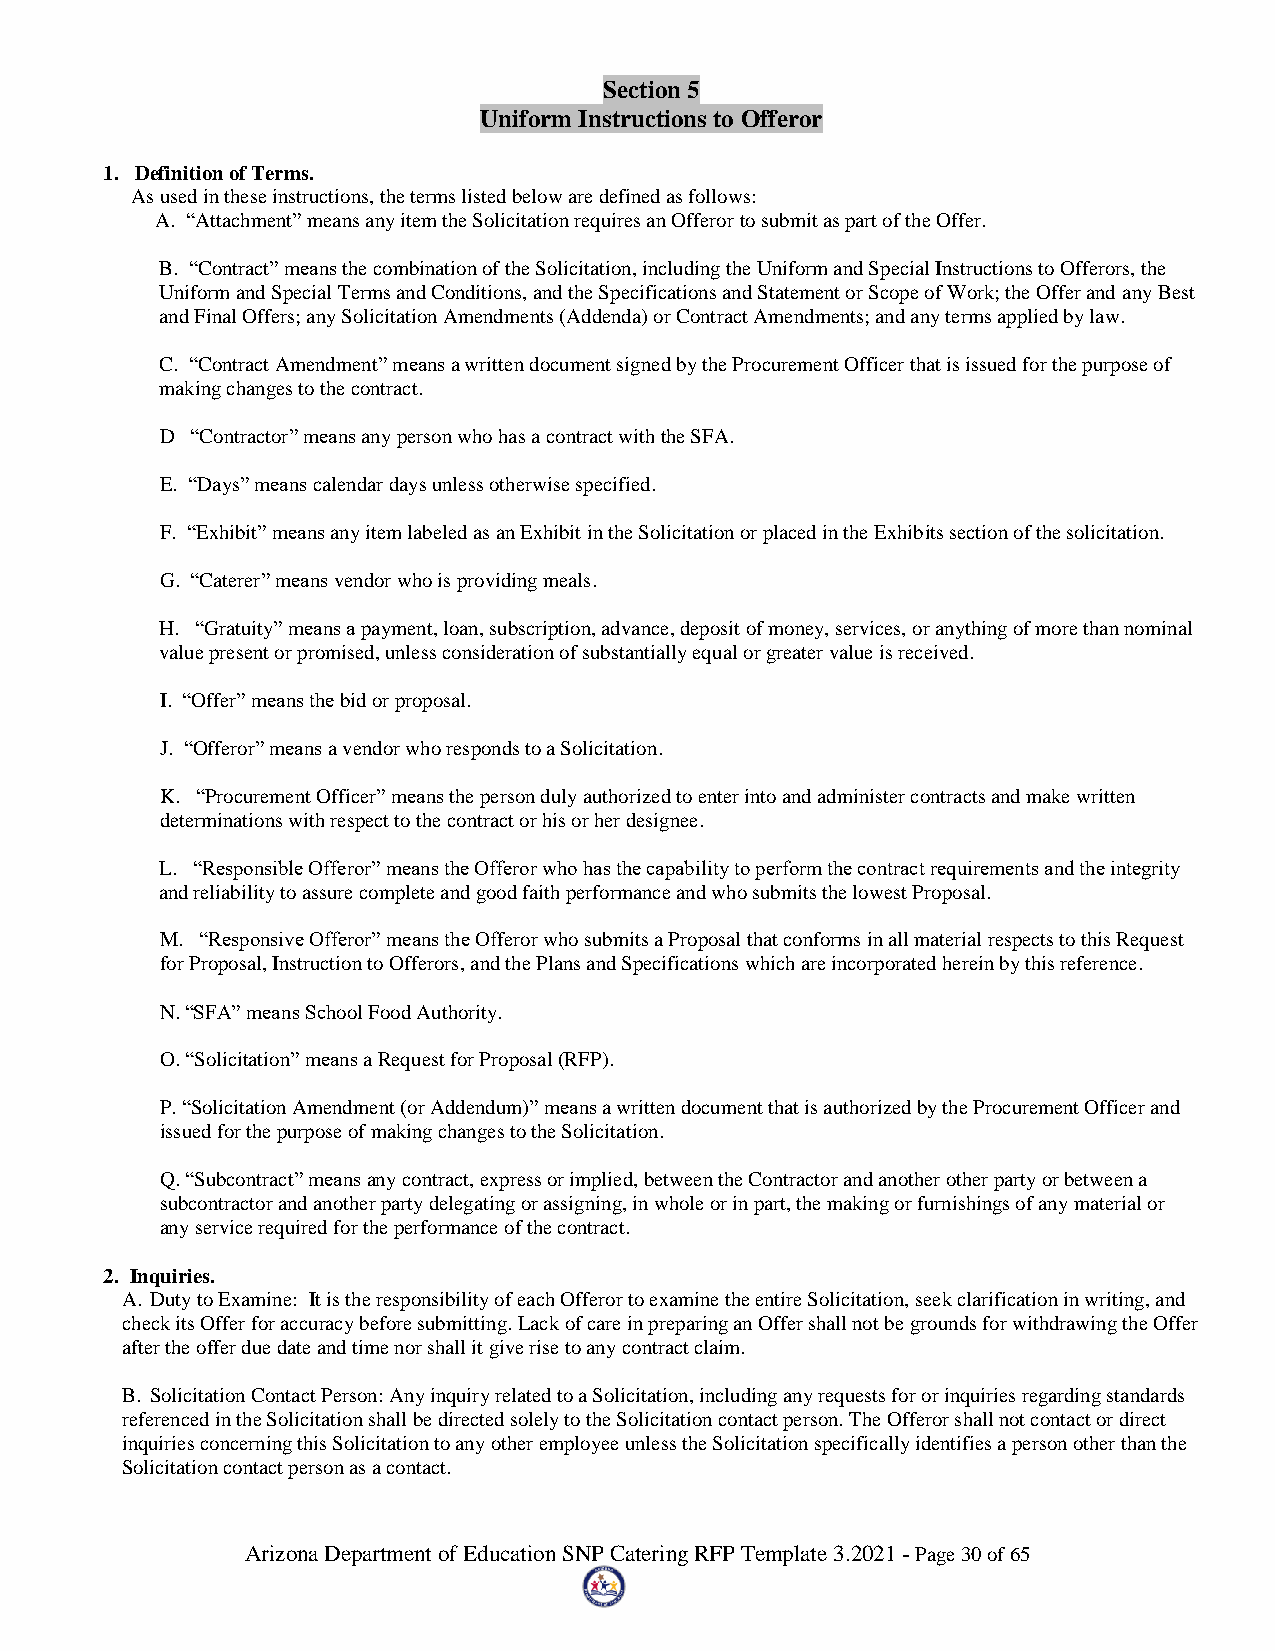
Section 5
 Uniform Instructions to Offeror
 1. Definition of Terms.
 As used in these instructions, the terms listed below are defined as follows:
 A. “Attachment” means any item the Solicitation requires an Offeror to submit as part of the Offer.
 B. “Contract” means the combination of the Solicitation, including the Uniform and Special Instructions to Offerors, the
 Uniform and Special Terms and Conditions, and the Specifications and Statement or Scope of Work; the Offer and any Best
 and Final Offers; any Solicitation Amendments (Addenda) or Contract Amendments; and any terms applied by law.
 C. “Contract Amendment” means a written document signed by the Procurement Officer that is issued for the purpose of
 making changes to the contract.
 D “Contractor” means any person who has a contract with the SFA.
 E. “Days” means calendar days unless otherwise specified.
 F. “Exhibit” means any item labeled as an Exhibit in the Solicitation or placed in the Exhibits section of the solicitation.
 G. “Caterer” means vendor who is providing meals.
 H. “Gratuity” means a payment, loan, subscription, advance, deposit of money, services, or anything of more than nominal
 value present or promised, unless consideration of substantially equal or greater value is received.
 I. “Offer” means the bid or proposal.
 J. “Offeror” means a vendor who responds to a Solicitation.
 K. “Procurement Officer” means the person duly authorized to enter into and administer contracts and make written
 determinations with respect to the contract or his or her designee.
 L. “Responsible Offeror” means the Offeror who has the capability to perform the contract requirements and the integrity
 and reliability to assure complete and good faith performance and who submits the lowest Proposal.
 M. “Responsive Offeror” means the Offeror who submits a Proposal that conforms in all material respects to this Request
 for Proposal, Instruction to Offerors, and the Plans and Specifications which are incorporated herein by this reference.
 N. “SFA” means School Food Authority.
 O. “Solicitation” means a Request for Proposal (RFP).
 P. “Solicitation Amendment (or Addendum)” means a written document that is authorized by the Procurement Officer and
 issued for the purpose of making changes to the Solicitation.
 Q. “Subcontract” means any contract, express or implied, between the Contractor and another other party or between a
 subcontractor and another party delegating or assigning, in whole or in part, the making or furnishings of any material or
 any service required for the performance of the contract.
 2. Inquiries.
 A. Duty to Examine: It is the responsibility of each Offeror to examine the entire Solicitation, seek clarification in writing, and
 check its Offer for accuracy before submitting. Lack of care in preparing an Offer shall not be grounds for withdrawing the Offer
 after the offer due date and time nor shall it give rise to any contract claim.
 B. Solicitation Contact Person: Any inquiry related to a Solicitation, including any requests for or inquiries regarding standards
 referenced in the Solicitation shall be directed solely to the Solicitation contact person. The Offeror shall not contact or direct
 inquiries concerning this Solicitation to any other employee unless the Solicitation specifically identifies a person other than the
 Solicitation contact person as a contact.
 Arizona Department of Education SNP Catering RFP Template 3.2021 - Page 30 of 65